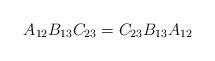
LaTeX: \begin{align*} A_{12} B_{13} C_{23} = C_{23} B_{13} A_{12}\end{align*}